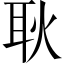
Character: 耿